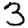
Digit: 3